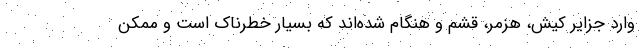
وارد جزایر کیش، هزمر، قشم و هنگام‌ شده‌اند که بسیار خطرناک است و ممکن